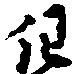
但